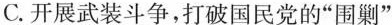
C.开展武装斗争，打破国民党的”围剿”